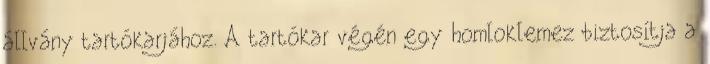
állvány tartókarjához. A tartókar végén egy homloklemez biztosítja a